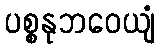
ပစ္စနုဘဝေယျံ